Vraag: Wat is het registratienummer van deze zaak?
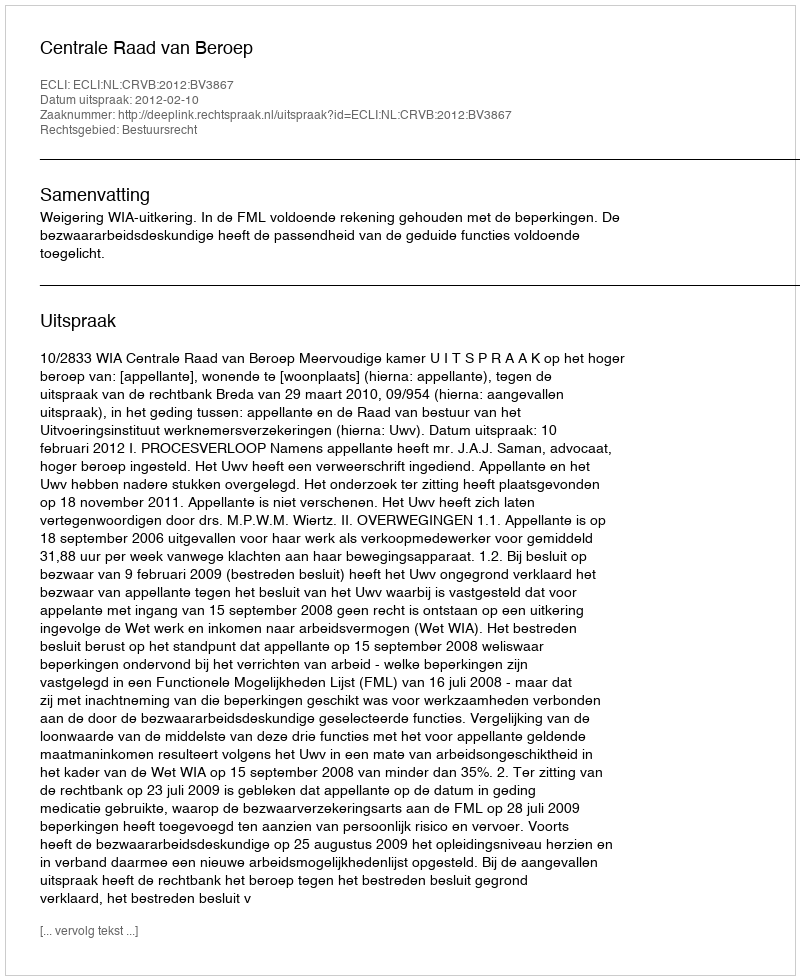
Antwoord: http://deeplink.rechtspraak.nl/uitspraak?id=ECLI:NL:CRVB:2012:BV3867